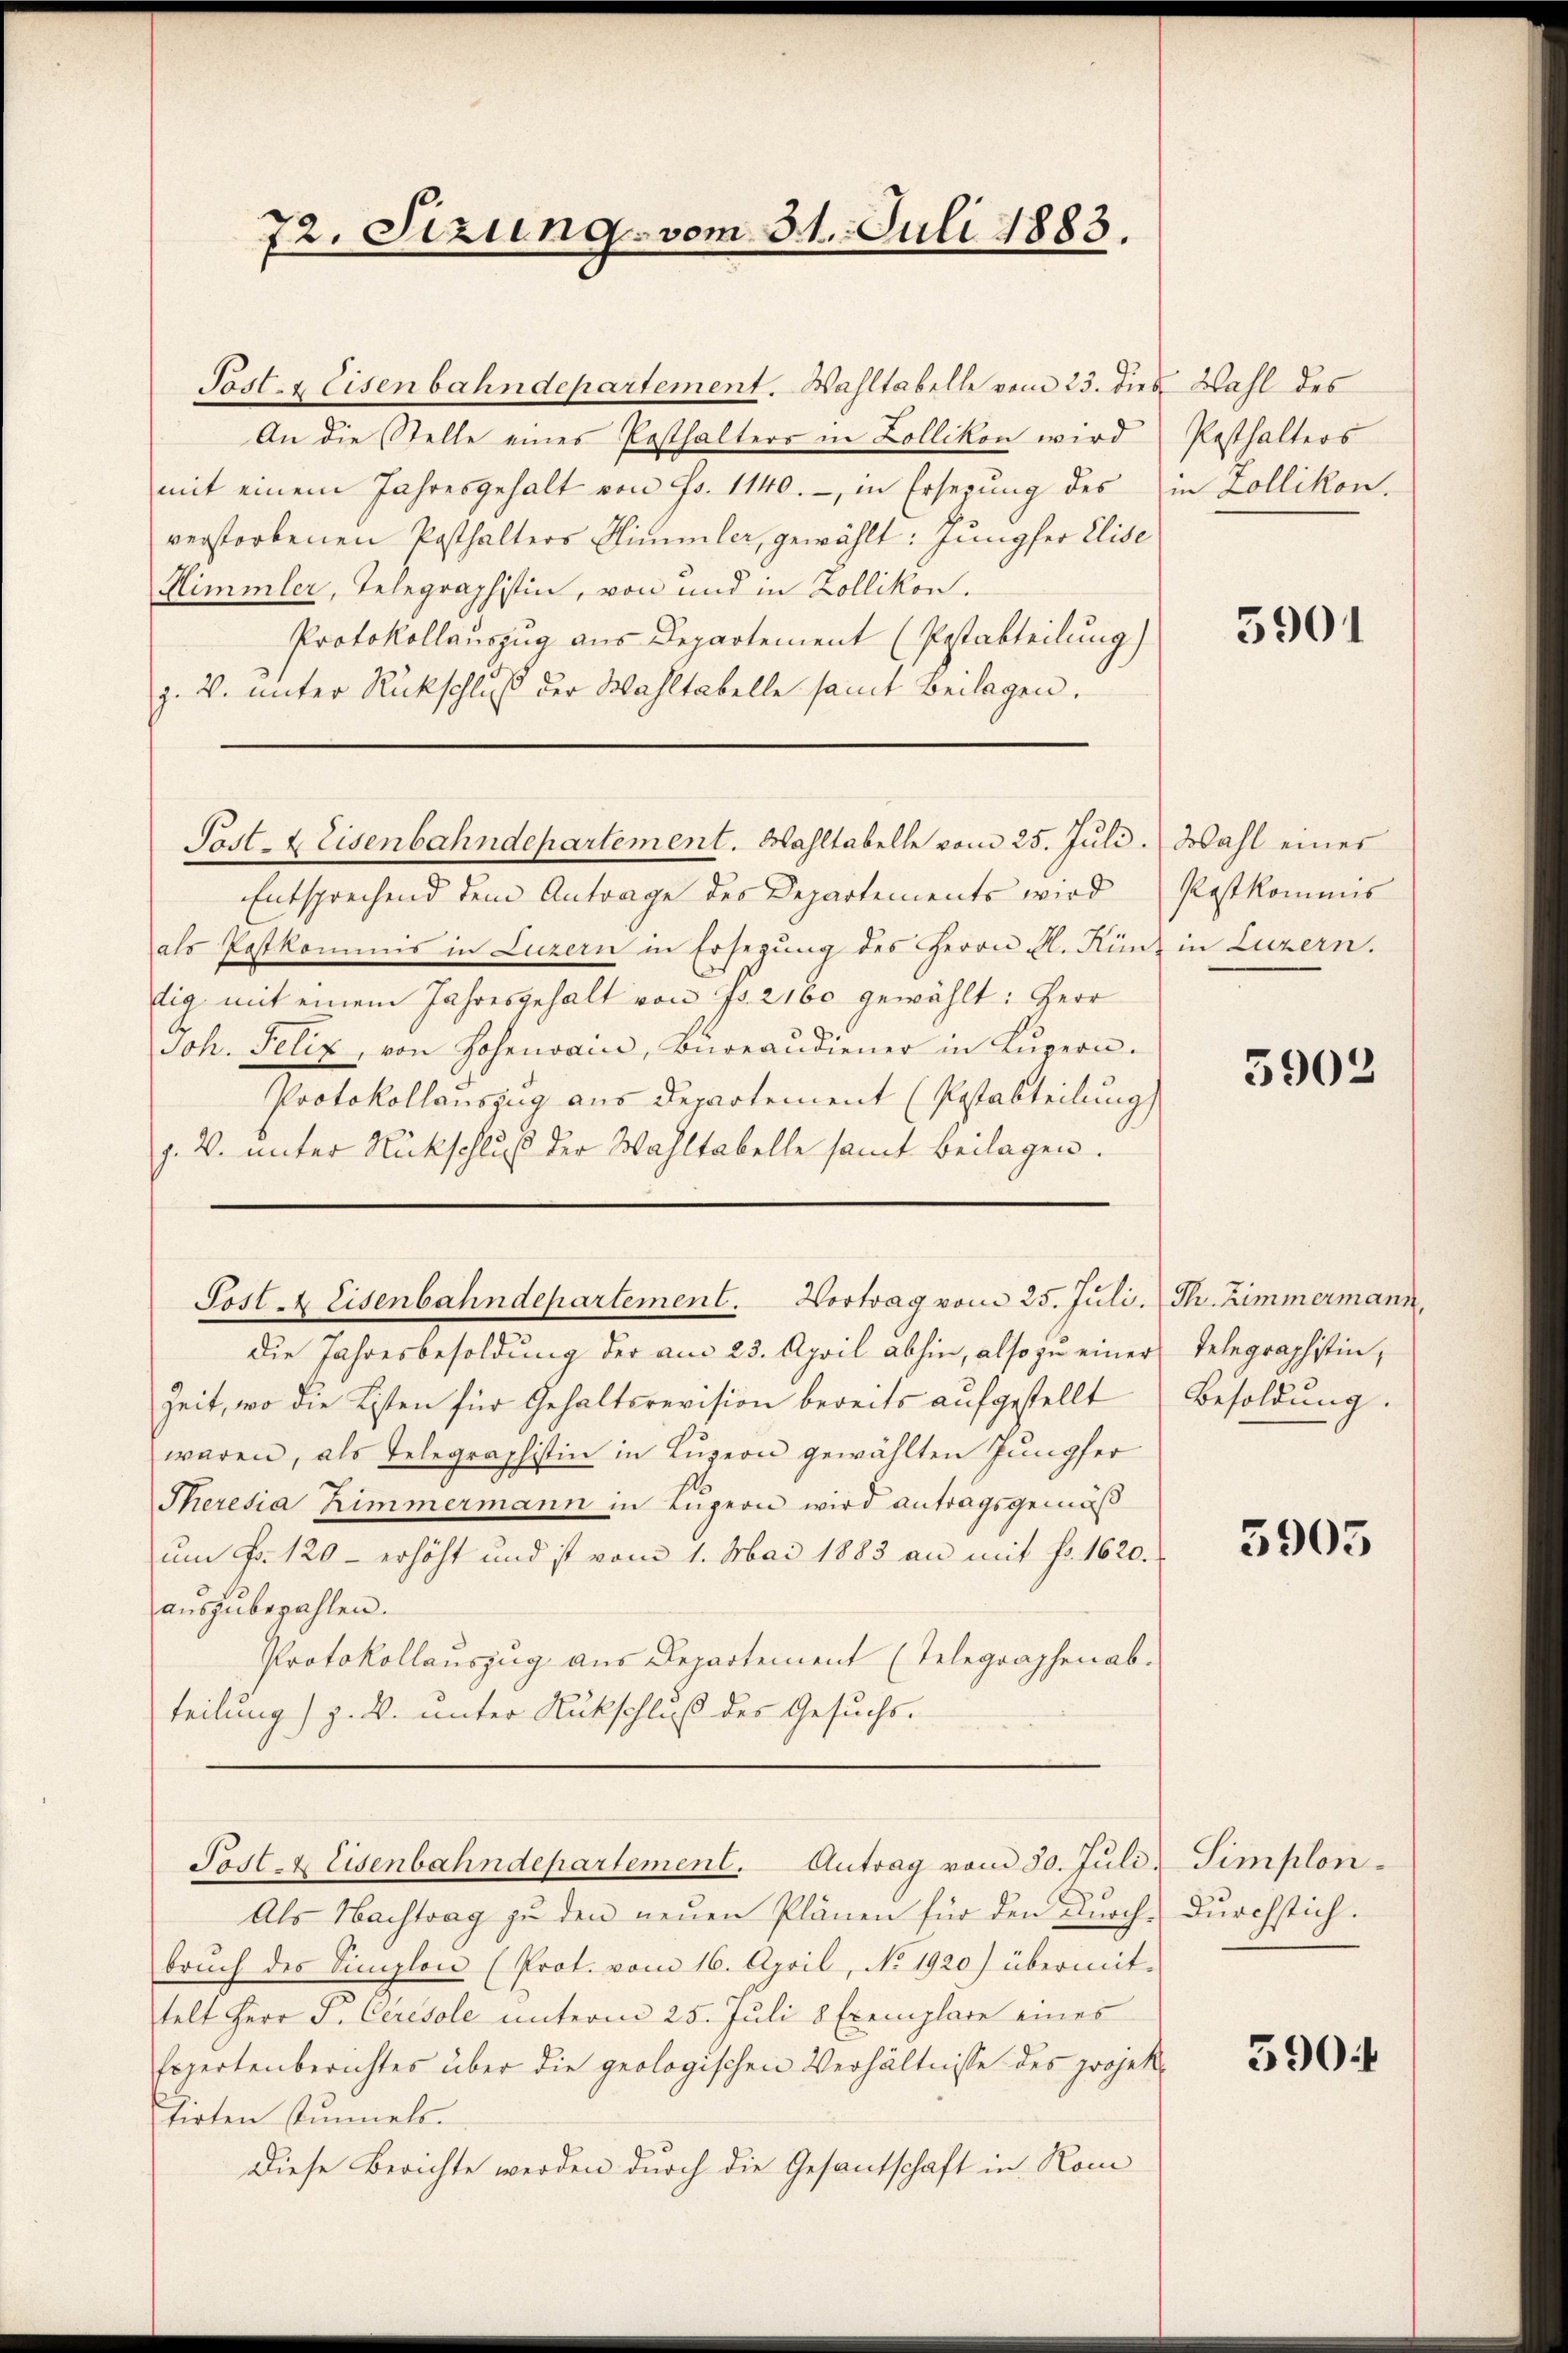
Post- & Eisenbahndepartement. Wahltabelle vom 23. dies Wahl des
An die Stelle eines Posthalters in Zollikon wird
mit einem Jahresgehalt von Fr. 1140.- in Ersezung des
verstorbenen Posthalters Simmler, gewählt: Jungfer Elise
Himmler, Telegraphistin, von und in Zollikon.
Protokollauszug aus Departement (Postabteilung)
j. V. unter Rückschluß der Wahltabelle samt Beilagen.

72. Sizung vom 31. Juli 1883.

die Jahresbesoldung der am 23. April abhin, also zu einer Telegraphistin,
Zeit, wo die Listen für Gehaltsrevision bereits aufgestellt
waren, als Telegraphistin in Luzern gewählten Jungfer
Theresia Zimmermann in Luzern wird antragsgemäß
um Fr. 120 - erhöht und ist vom 1. Mai 1883 an mit fr. 1620.
aŭszŭbezahlen.
Protokollauszug aus Departement (Telegraphenab-
teilung) z. B. unter Rückschluß des Gesuchs-

Post- & Eisenbahndepartement. Wahltabelle vom 25. Juli. Wahl eines

Entsprechend dem Antrage des Departements wird Postkommis
als Postkommis in Luzern in Ersezung des Herrn M. Künz in Luzern.
tig mit einem Jahresgehalt von Fr. 2160 gewählt: Herr
Joh. Felix, von Hohenrain, Bureaudiener in Lŭzern.
Protokollauszug aus Departement (Postabteilung
J. V. unter Rückschluß der Wahltabelle samt Beilagen.

Post- & Eisenbahndepartement. Vortrag vom 25. Juli. Th. Zimmermann,

Post- & Eisenbahndepartement. Antrag vom 30. Juli

Als Nachtrag zu den neuen Plänen für den Knoch durchstich.
brŭch der Simplon (Prot. vom 16. April, No. 1920) übermit-
telt Herr P. Ceresole unterm 25. Juli 8 Exemplare eines
Expertenberichtes über die geologischen Verhältnisse des projek-
hirten stummels.
Diese Berichte werden durch die Gesantschaft in Rom

Posthalters
in Zollikon.

5901

5902

Besoldung.

5905

Simplon.

590